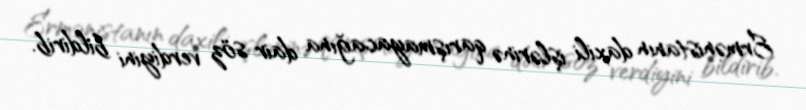
Ermənistanın daxili işlərinə qarışmayacağına dair söz verdiyini bildirib.